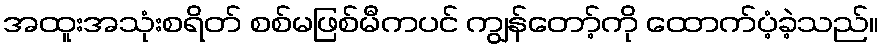
အထူးအသုံးစရိတ် စစ်မဖြစ်မီကပင် ကျွန်တော့်ကို ထောက်ပံ့ခဲ့သည်။